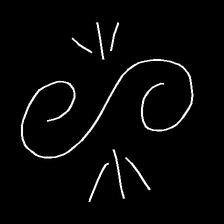
Glyph: wind-directs-air